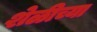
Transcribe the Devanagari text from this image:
शेळीच्या